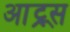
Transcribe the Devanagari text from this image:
आट्र्स